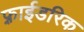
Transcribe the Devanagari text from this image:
फ़्राईडरिक